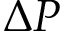
\Delta P